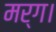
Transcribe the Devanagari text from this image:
मर्ग।